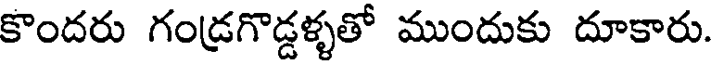
కొందరు గండ్రగొడ్డళ్ళతో ముందుకు దూకారు.